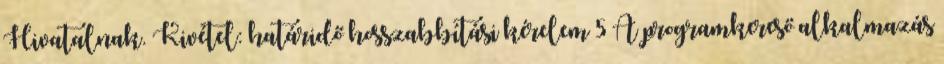
Hivatalnak. Kivétel: határidő hosszabbítási kérelem 5 A programkereső alkalmazás